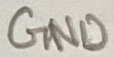
Text: GND